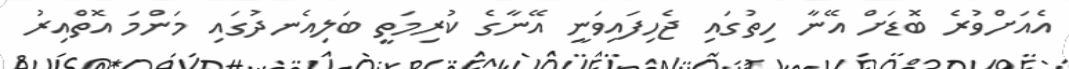
އެއަށްވުރެ ބޮޑަށް އޭނާ ހިތުގައި ޖެހިފައިވަނީ އޭނާގެ ކުރިމަތީ ބަލިއެނދުގައި މަންމަ އޮތްއިރު